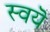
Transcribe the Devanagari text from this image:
स्वयॆ